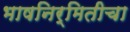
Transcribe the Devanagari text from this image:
भाषनिर्मितीचा